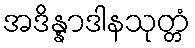
အဒိန္နာဒါနသုတ္တံ